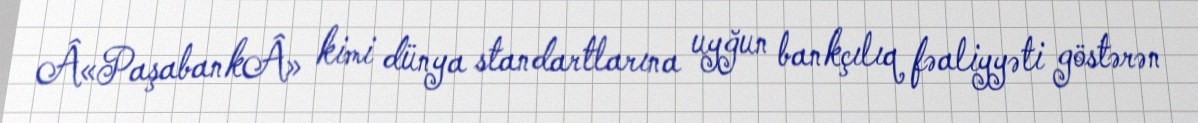
Â«PaşabankÂ» kimi dünya standartlarına uyğun bankçılıq fəaliyyəti göstərən